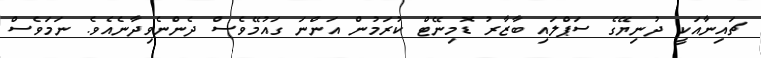
ޗައިނާއަކީ ދުނިޔޭގެ ސަޕްލައި ބާޒާރު ޑޮމިނޭޓް ކުރަމުން އަންނަ ގައުމޭވެސް ދެންނެވިދާނެއެވެ. ނަމަވެސް